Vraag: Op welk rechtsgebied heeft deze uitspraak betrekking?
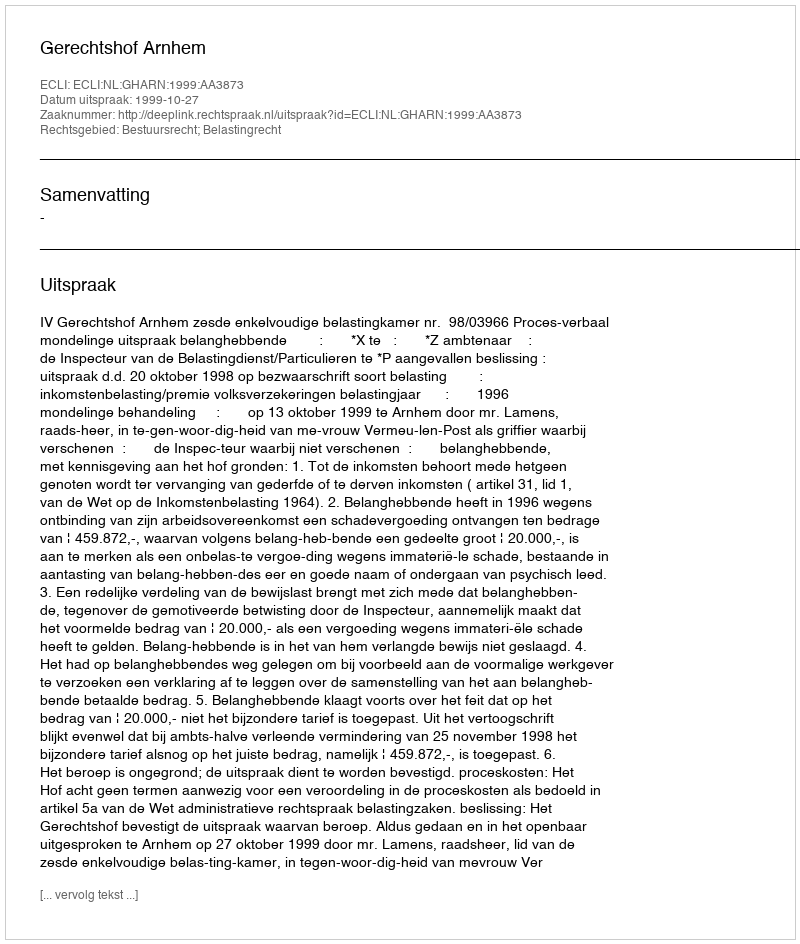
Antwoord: Bestuursrecht; Belastingrecht